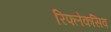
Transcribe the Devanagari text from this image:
रिफ्लेकसिव